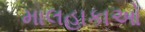
માલહાકાઓ